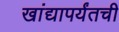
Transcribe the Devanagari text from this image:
खांद्यापर्यंतची